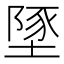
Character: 𡏇